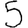
Digit: 5